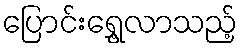
ပြောင်းရွှေ့လာသည့်